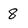
Character: 8